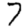
Digit: 7